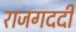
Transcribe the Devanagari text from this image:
राजगददी